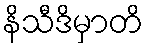
နိသီဒိမှာတိ